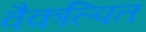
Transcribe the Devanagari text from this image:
वैकल्पित